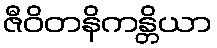
ဇီဝိတနိကန္တိယာ